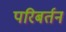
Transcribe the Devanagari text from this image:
परिबर्तन